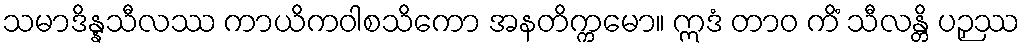
သမာဒိန္နသီလဿ ကာယိကဝါစသိကော အနတိက္ကမော။ ဣဒံ တာဝ ကိံ သီလန္တိ ပဉှဿ